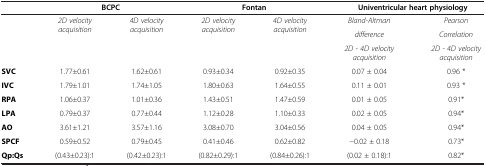
<table><thead><tr><td><b> </b></td><td colspan="2"><b>BCPC</b></td><td colspan="2"><b>Fontan</b></td><td colspan="2"><b>Univentricular heart physiology</b></td></tr></thead><tbody><tr><td rowspan="3"> </td><td rowspan="3"><i>2D velocity acquisition</i></td><td rowspan="3"><i>4D velocity acquisition</i></td><td rowspan="3"><i>2D velocity acquisition</i></td><td rowspan="3"><i>4D velocity acquisition</i></td><td><i>Bland-Altman</i></td><td><i>Pearson</i></td></tr><tr><td><i>difference</i></td><td><i>Correlation</i></td></tr><tr><td><i>2D - 4D velocity acquisition</i></td><td><i>2D - 4D velocity acquisition</i></td></tr><tr><td><b>SVC</b></td><td>1.77±0.61</td><td>1.62±0.61</td><td>0.93±0.34</td><td>0.92±0.35</td><td>0.07 ± 0.04</td><td>0.96 *</td></tr><tr><td><b>IVC</b></td><td>1.79±1.01</td><td>1.74±1.05</td><td>1.80±0.63</td><td>1.64±0.55</td><td>0.11 ± 0.01</td><td>0.93 *</td></tr><tr><td><b>RPA</b></td><td>1.06±0.37</td><td>1.01±0.36</td><td>1.43±0.51</td><td>1.47±0.59</td><td>0.01 ± 0.05</td><td>0.91*</td></tr><tr><td><b>LPA</b></td><td>0.79±0.37</td><td>0.77±0.44</td><td>1.12±0.28</td><td>1.10±0.33</td><td>0.02 ± 0.05</td><td>0.94*</td></tr><tr><td><b>AO</b></td><td>3.61±1.21</td><td>3.57±1.16</td><td>3.08±0.70</td><td>3.04±0.56</td><td>0.04 ± 0.05</td><td>0.94*</td></tr><tr><td><b>SPCF</b></td><td>0.59±0.52</td><td>0.79±0.45</td><td>0.41±0.46</td><td>0.62±0.82</td><td>−0.02 ± 0.18</td><td>0.73*</td></tr><tr><td><b>Qp:Qs</b></td><td>(0.43±0.23):1</td><td>(0.42±0.23):1</td><td>(0.82±0.29):1</td><td>(0.84±0.26):1</td><td>(0.02 ± 0.18):1</td><td>0.82*</td></tr></tbody></table>